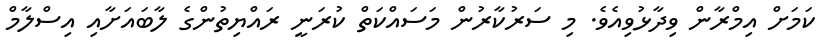
ކަމަށް އިމްރާން ވިދާޅުވިއެވެ. މި ސަރުކާރުން މަސައްކަތް ކުރަނީ ރައްޔިތުންގެ ލާބައަށާއި އިސްލާމް